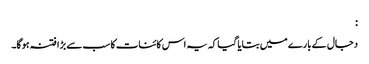
:
دجال کے بارے میں بتایا گیا کہ یہ اس کائنات کا سب سے بڑا فتنہ ہوگا۔